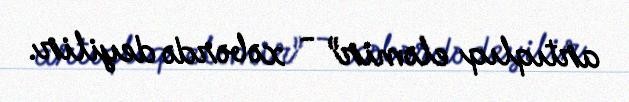
artıqlıq eləmir” - xəbərdə deyilir.